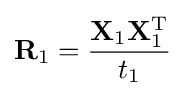
\mathbf {R} _{1}={\frac {\mathbf {X} _{1}\mathbf {X} _{1}^{\text{T}}}{t_{1}}}